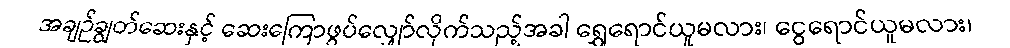
အချဉ်ချွတ်ဆေးနှင့် ဆေးကြောဖွပ်လျှော်လိုက်သည့်အခါ ရွှေရောင်ယူမလား၊ ငွေရောင်ယူမလား၊